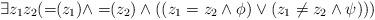
LaTeX: \begin{align*}\exists z_1 z_2 (=\!\!(z_1) \wedge =\!\!(z_2) \wedge (( z_1 = z_2 \wedge \phi) \vee (z_1 \not = z_2 \wedge \psi)))\end{align*}